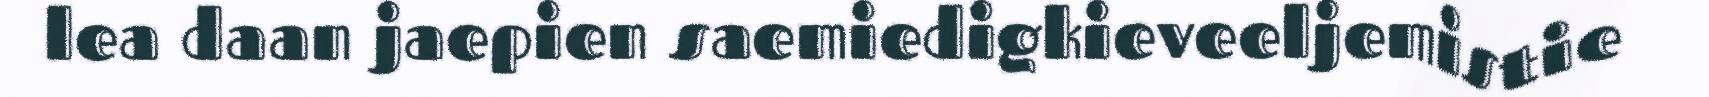
lea daan jaepien saemiedigkieveeljemistie